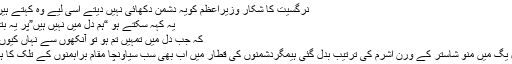
نرگسیت کا شکار وزیراعظم کویہ دشمن دکھائی نہیں دیتے اسی لیے وہ کہتے ہیں؎
یہ کہہ سکتے ہو “ہم دل میں نہیں ہیں”پر یہ بتلاؤ
کہ جب دل میں تمہیں تم ہو تو آنکھوں سے نہاں کیوں ہو
کل یگ میں منو شاستر کے ورن آشرم کی ترتیب بدل گئی ہیمگردشمنوں کی قطار میں اب بھی سب سیاونچا مقام براہمنوں کے تلک کا ہے۔